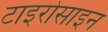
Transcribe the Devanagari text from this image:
टाइरोसाइन